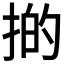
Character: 𢯊